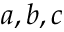
a , b , c